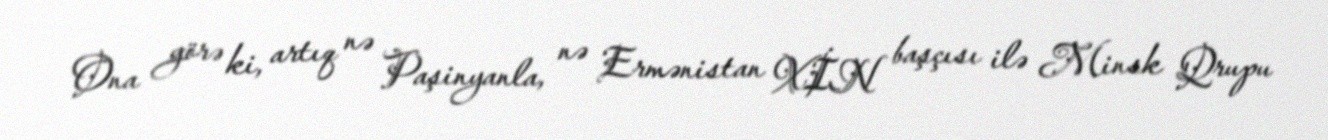
Ona görə ki, artıq nə Paşinyanla, nə Ermənistan XİN başçısı ilə Minsk Qrupu